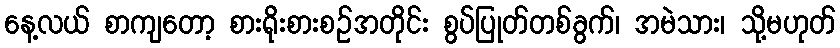
နေ့လယ် စာကျတော့ စားရိုးစားစဉ်အတိုင်း စွပ်ပြုတ်တစ်ခွက်၊ အမဲသား၊ သို့မဟုတ်